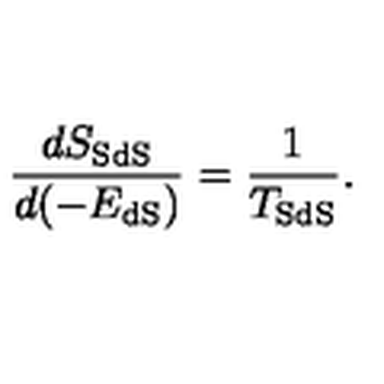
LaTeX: \frac { d S _ { \mathrm { S d S } } } { d ( - E _ { \mathrm { d S } } ) } = \frac { 1 } { T _ { \mathrm { S d S } } } .